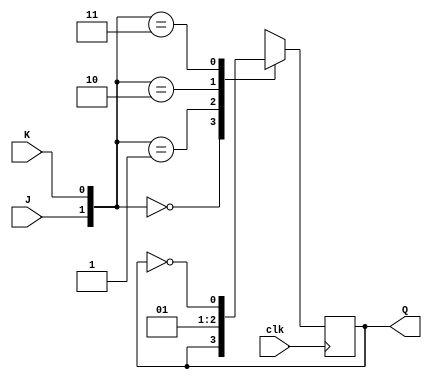
module FFJK(J,K,clk,Q);
input J,K,clk;
output reg Q;

  
always @ (posedge clk)  
   case ({J,K})  
      2'b00 :  Q <= Q;  
      2'b01 :  Q <= 0;  
      2'b10 :  Q <= 1;  
      2'b11 :  Q <= ~Q;  
   endcase  
endmodule